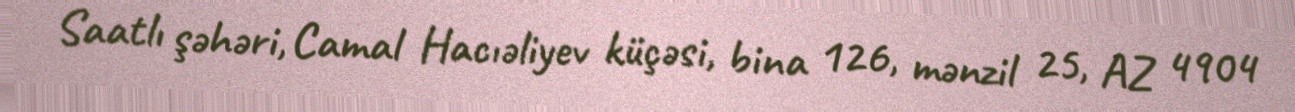
Saatlı şəhəri, Camal Hacıəliyev küçəsi, bina 126, mənzil 25, AZ 4904